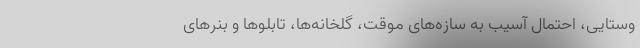
وستایی، احتمال آسیب به سازه‌های موقت، گلخانه‌ها، تابلو‌ها و بنر‌های